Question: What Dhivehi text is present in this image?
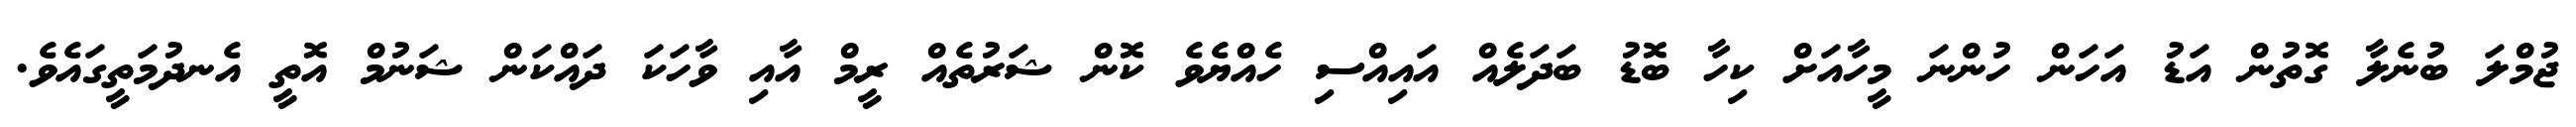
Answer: ޖުމްލަ ބުނެލާ ގޮތުން އަޑު އަހަން ހުންނަ މީހާއަށް ކިހާ ބޮޑު ބަދަލެއް އައިއްސި ހެއްޔެވެ ކޮން ޝަރުތެއް ރީމް އާއި ވާހަކަ ދައްކަން ޝަނުމް އޮތީ އެނދުމަތީގައެވެ.